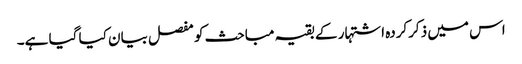
اس میں ذکرکردہ اشتہار کے بقیہ مباحث کو مفصل بیان کیا گیا ہے۔